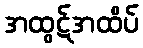
အထွဋ်အထိပ်